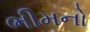
ભીમનો